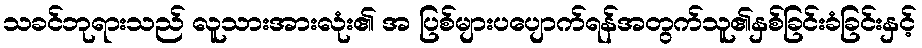
သခင်ဘုရားသည် လူသားအားလုံး၏ အ ပြစ်များပပျောက်ရန်အတွက်သူ၏နှစ်ခြင်းခံခြင်းနှင့်